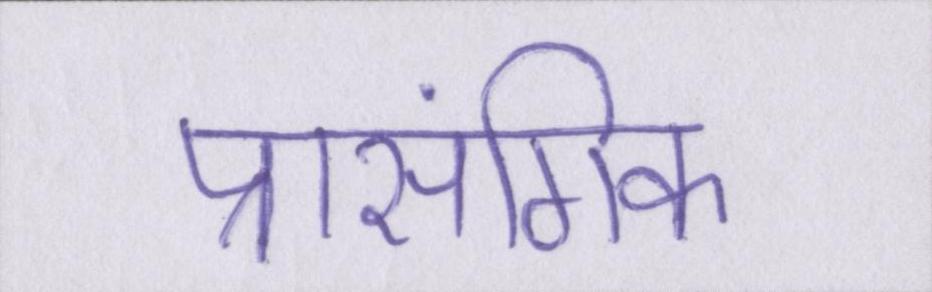
प्रासंगिक